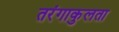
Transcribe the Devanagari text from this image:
तरंगाकुलता